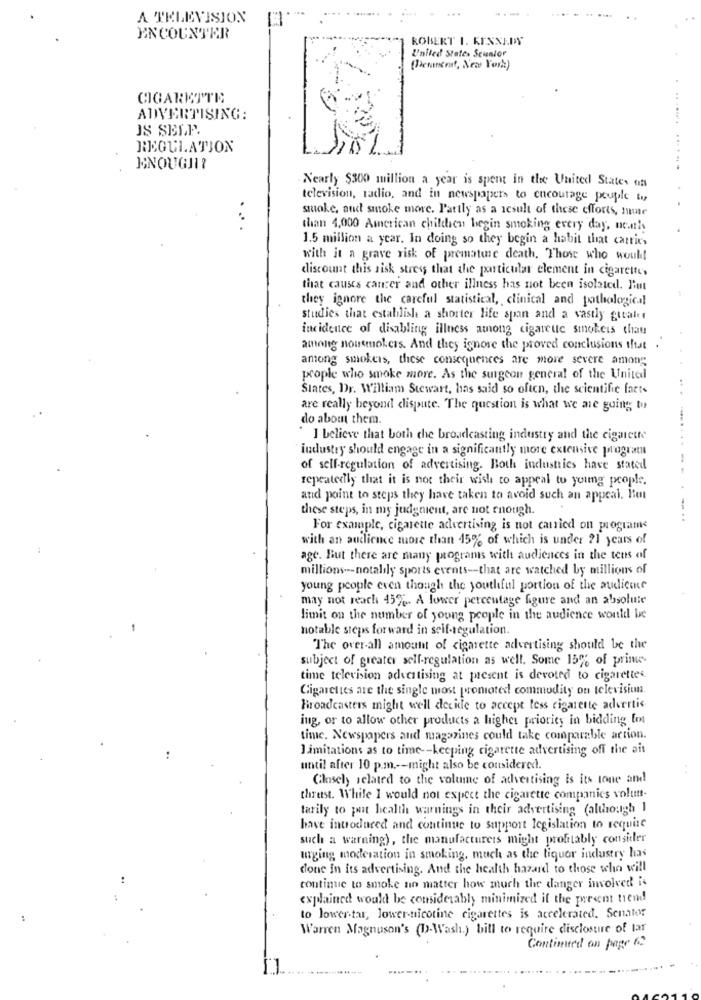
A TTELEVISION
ENCOUNTER
ROBERT 1. KENNEDY
United States Seuator
(Pement, New York)
CIGARETTE
ADVERTISING:
IS SELF.
REGULATION
......... ......
INOUGHI?
Nearly $300 million a year is spent in the United States of
television, radio, and in newspapers to encourage people
smoke, and smoke more. P'attly as a result of these efforts, mme
...
than 4,000 American chilches begin smoking every day, ne.nis
1.5 million a year. In doing so they begin a habit that carries
with it a grave risk of premature death. Those who would
discount this sisk stress that the particular element in cigarette,
that causes cancer and other illness has not been isolated. Put
they ignore the careful statistical, clinical and pothological
studies that establish a shorter life span and a vastly gitaler
incidence of disabling illness among cigarette smokeis that
among nonsmokers. And they ignore the proved conclusions that .
among smokers, these consequences are more severe among
people who smoke more. As the surgeon general of the United
States, Dr. William Stewart, has said so often, the scientific facts
are really beyond dispute. The question is what we are going to
do about them.
I believe that both che broadcasting industry and the cigarette
industry should engage in a significantly more extensive programu
of self-regulation of advertising. Both industries have stated
repeatedly that it is not their wish to appeal to young people.
and point to steps they have taken to avoid such an appeal, But
these steps, in my judgment, are not enough.
-...
For example, cigarette advertising is not carried on programs
with an audience more than 15% of which is under 21 years of
age. But there are many programis with audiences in the tens of
millions --- notalily sports events -- that are watched by millions of
young people even though the youthful portion of the audicone
may not reach 45%. A lower percentage figure and an absolute
limit on the number of young people in the audience would be
notable steps forward in self-regulation.
The over-all amount of cigarette advertising should be the
subject of greater self-regulation as well. Some 15% of prime-
time television advertising at present is devoted to cigarettes.
Cigarettes are the single most promoted commodity on television.
Broadcasters might well decide to accept less cigarette advertis
ing, or to allow other products a higher priority in bidding font
time, Newspapers and magazines could take comparable action.
Limitations as to time -- keeping cigarette advertising off the ait
until after 10 p.m .-- might also be considered.
..
Closely related to the volume of advertising is its tone and
thrust. While I would not expect the cigarette companies volutt-
tarily to put health warnings in their advertising (although I
have introduced and continue to support legislation to require
such a warning), the manufacturers might profitably consider
uging moderation in smoking, much as the liquor industry has
done in its advertising. And the health hazard to those who will
..
continue to smoke no matter how much the danger involved is
explained would be considerably minimized if the present trend
to lower-tar, lower-nicotine cigarettes is accelerated. Senator
Warren Magnuson's (D.Wash.) bill to require disclosure of lar
Continued on page (